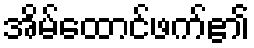
အိမ်ထောင်ဖက်၏